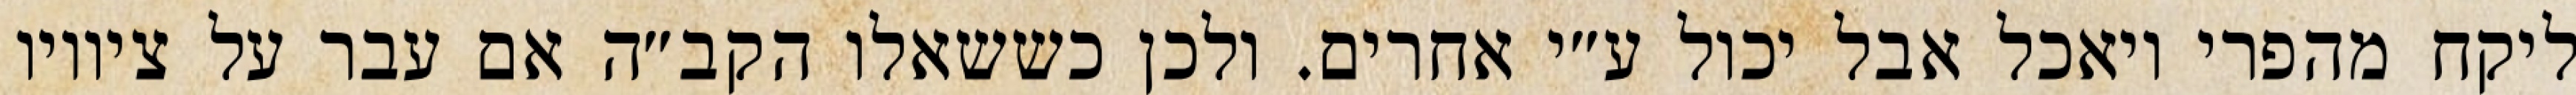
ליקח מהפרי ויאכל אבל יכול ע״י אחרים. ולכן כששאלו הקב״ה אם עבר על ציוויו